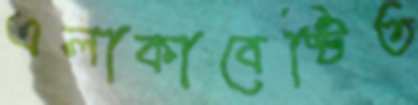
এলাকাবেষ্টিত